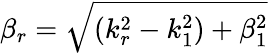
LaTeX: \beta_{r}=\sqrt{(k_{r}^{2}-k_{1}^{2})+\beta_{1}^{2}}